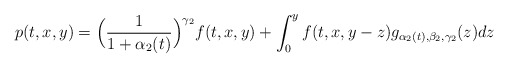
\begin{align*}p(t,x,y)=\Big (\frac{1}{1+\alpha_2(t)} \Big)^{\gamma_2} f(t,x,y)+ \int_0^y f(t,x,y-z) g_{\alpha_2(t),\beta_2,\gamma_2}(z)dz\end{align*}